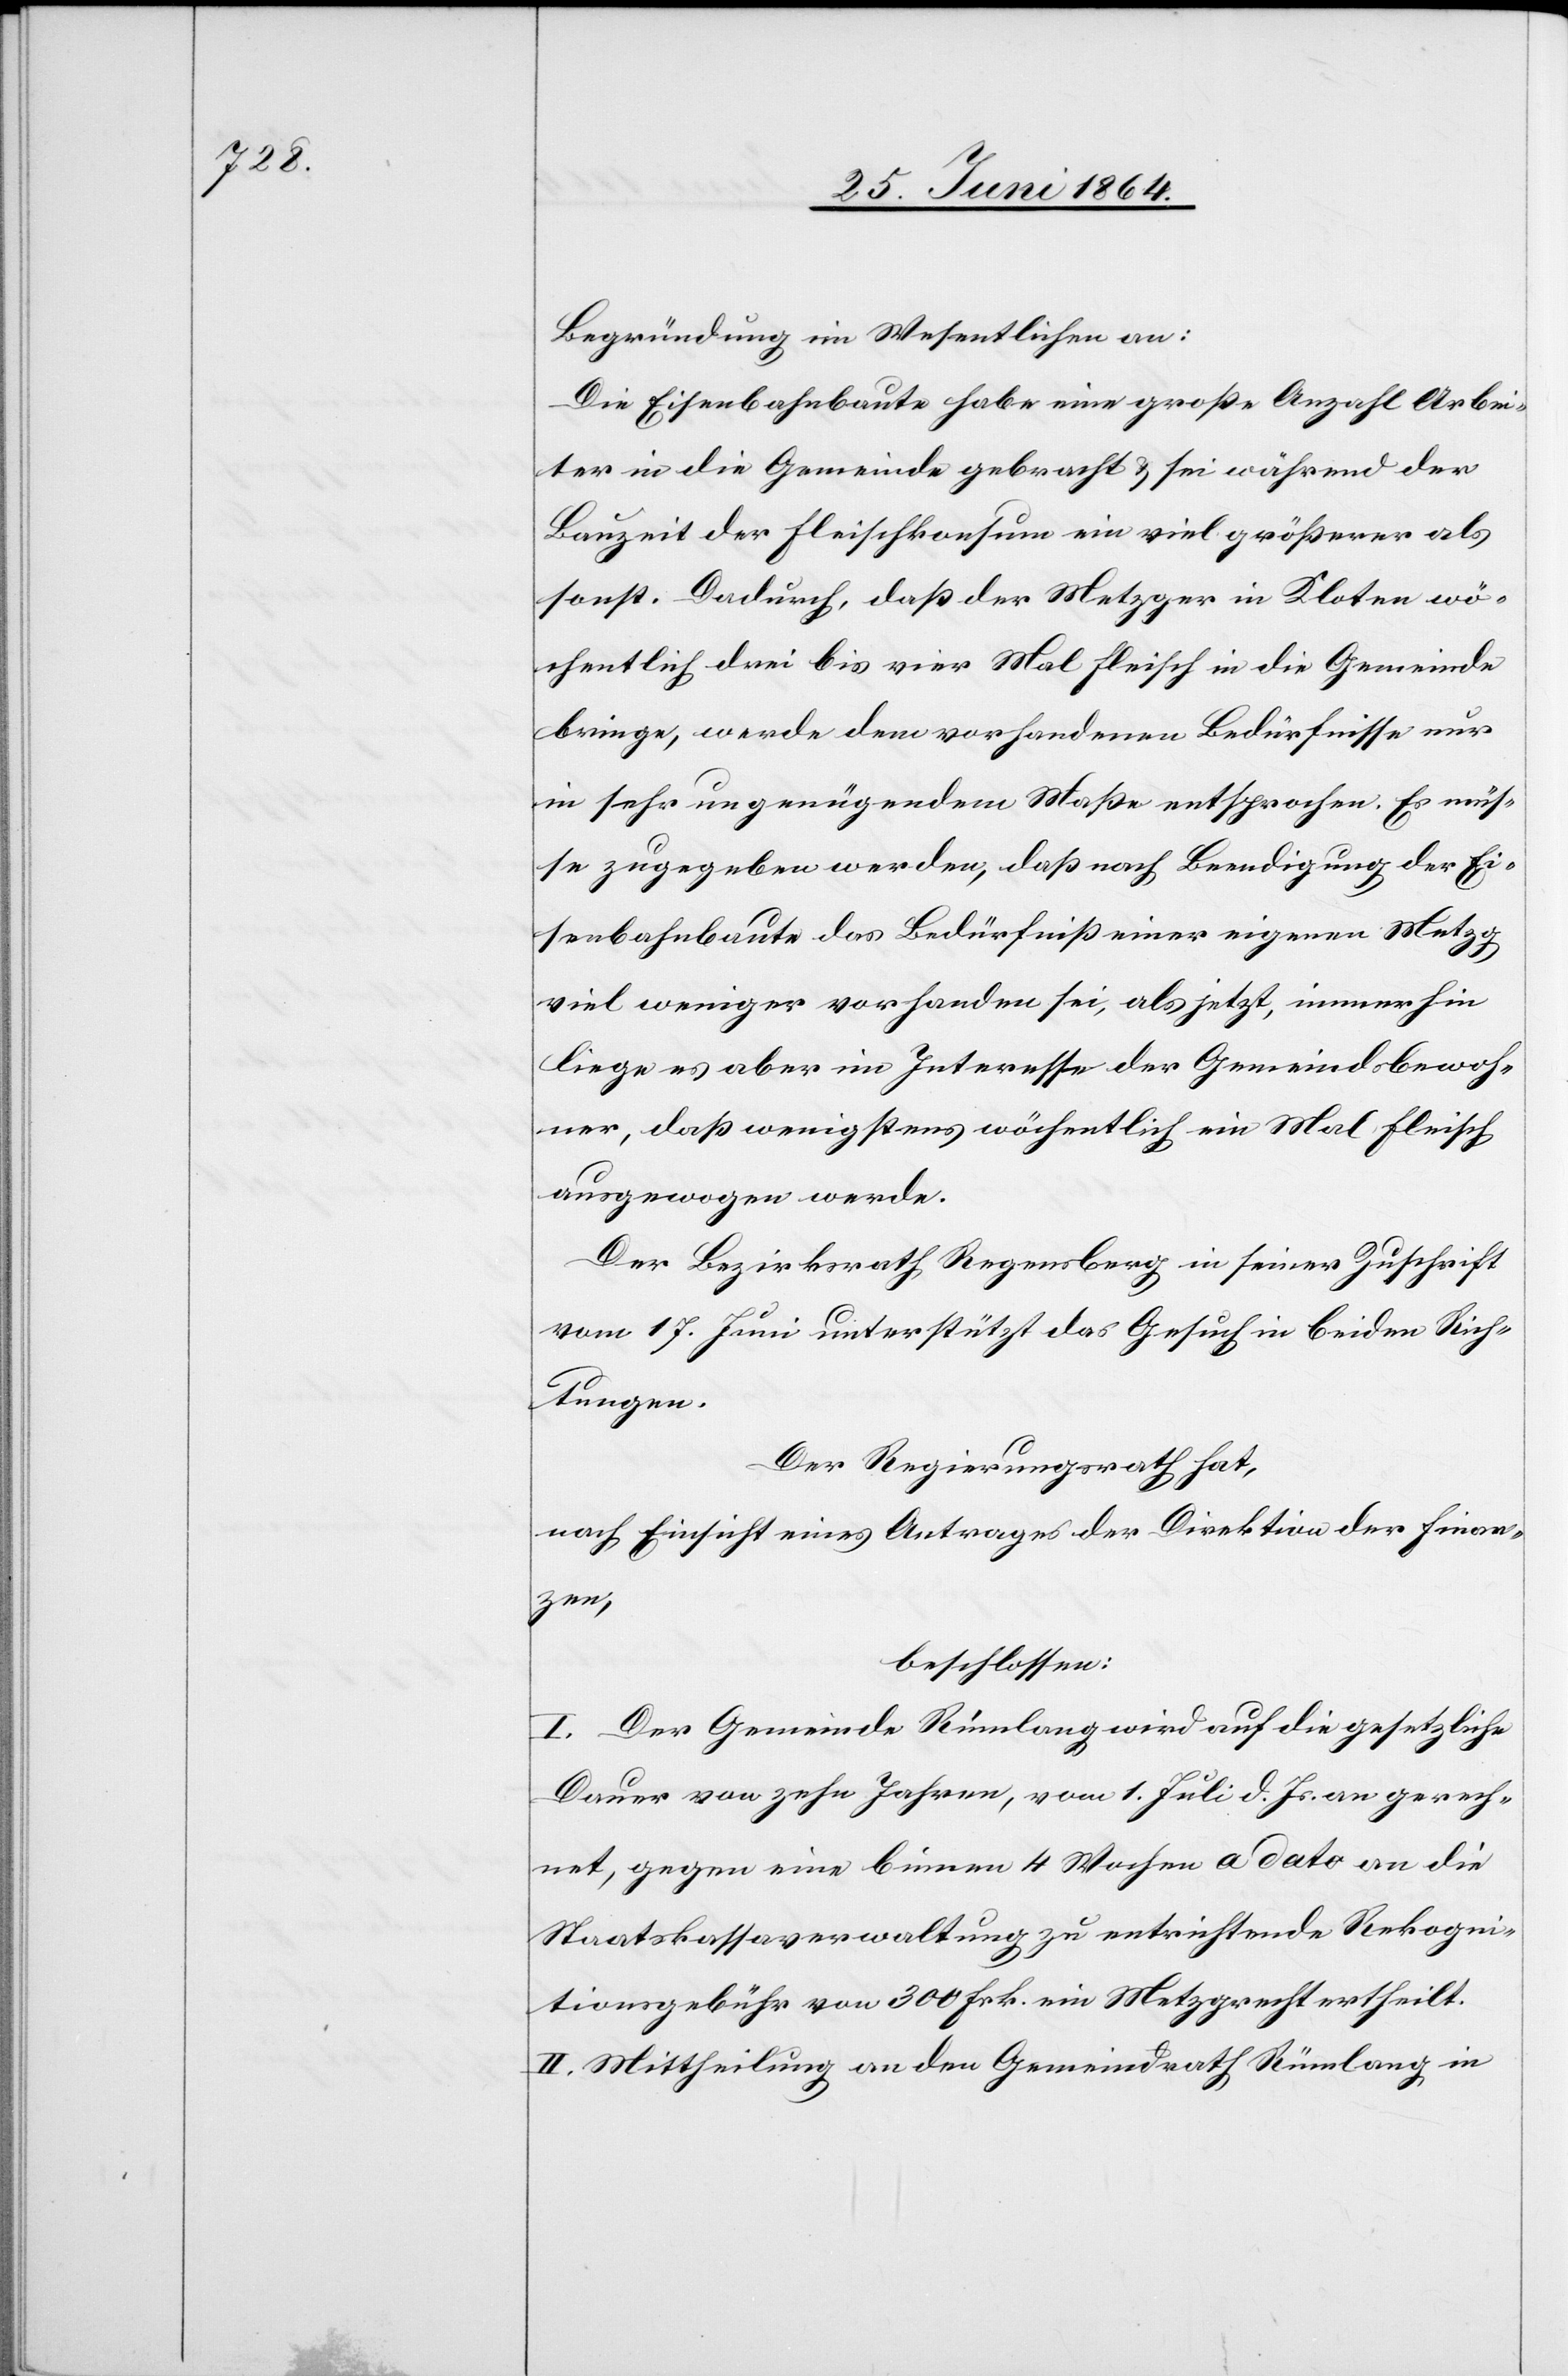
Begründung im Wesentlichen an:
Die Eisenbahnbaute habe eine große Anzahl Arbei¬
ter in die Gemeinde gebracht u. sei während der
Bauzeit der Fleischkonsum ein viel größerer als
sonst. Dadurch, daß der Metzger in Kloten wö¬
chentlich drei bis vier Mal Fleisch in die Gemeinde
bringe, werde dem vorhandenen Bedürfnisse nur
in sehr ungenügendem Maße entsprochen. Es müs¬
se zugegeben werden, daß nach Beendigung der Ei¬
senbahnbaute das Bedürfniß einer eigenen Metzg
viel weniger vorhanden sei, als jetzt, immerhin
liege es aber im Interesse der Gemeindsbewoh¬
ner, daß wenigstens wöchentlich ein Mal Fleisch
ausgewogen werde.
Der Bezirksrath Regensberg in seiner Zuschrift
vom 17. Juni unterstützt das Gesuch in beiden Rich¬
tungen.
Der Regierungsrath hat,
nach Einsicht eines Antrages der Direktion der Finan¬
zen,
beschlossen:
I. Der Gemeinde Rümlang wird auf die gesetzliche
Dauer von zehn Jahren, vom 1. Juli d. Js. an gerech¬
net, gegen eine binnen 4 Wochen a dato an die
Staatskassaverwaltung zu entrichtende Rekogni¬
tionsgebühr von 300 Frk. ein Metzgrecht ertheilt.
II. Mittheilung an den Gemeindrath Rümlang in